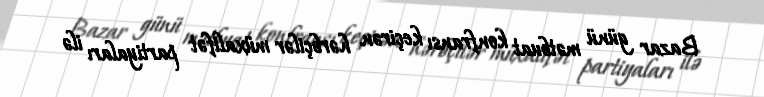
Bazar günü mətbuat konfransı keçirən hərbçilər müxalifət partiyaları ilə